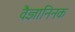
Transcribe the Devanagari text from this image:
वैज्ञानिनक